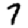
Digit: 7